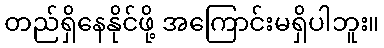
တည်ရှိနေနိုင်ဖို့ အကြောင်းမရှိပါဘူး။